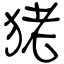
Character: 狫